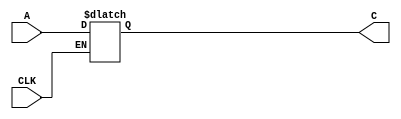
`timescale 1ns / 1ps
//////////////////////////////////////////////////////////////////////////////////
//
// // Module Name:    D Flip-Flop
// Description: 
//
//////////////////////////////////////////////////////////////////////////////////
module new(A,CLK,C);
    input A,CLK;
    output C;
//to store value of the c, we need a register
reg C;

always @(A or CLK)
if (CLK)
C=A;

endmodule